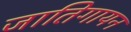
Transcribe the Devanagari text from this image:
जातिगायन